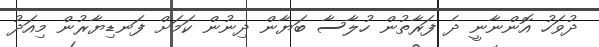
ދުވަހު އޮންނާނީ ދެ ފަރާތުން ހުލާސާ ބަޔާން ދިނުން ކަމަށް ފަނޑިޔާރުން މިއަދު